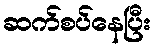
ဆက်စပ်နေပြီး